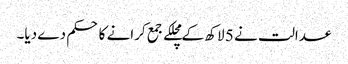
عدالت نے 5 لاکھ کے مچلکے جمع کرانے کا حکم دے دیا۔